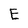
Character: E